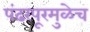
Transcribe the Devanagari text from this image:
पंढरपूरमुळेच